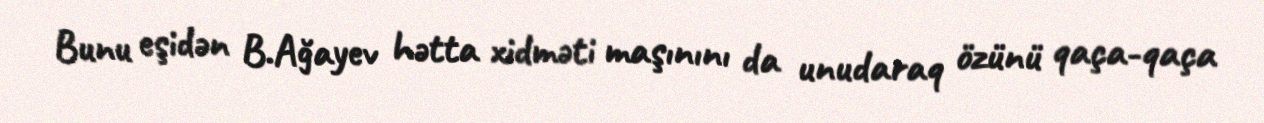
Bunu eşidən B.Ağayev hətta xidməti maşınını da unudaraq özünü qaça-qaça